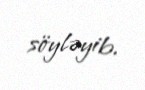
söyləyib.